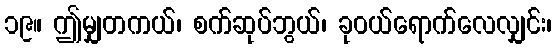
၁၉။ ဤမျှတကယ်၊ စက်ဆုပ်ဘွယ်၊ ခုဝယ်ရောက်လေလျှင်း၊